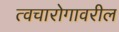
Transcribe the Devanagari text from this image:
त्वचारोगावरील